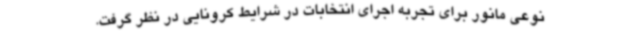
نوعی مانور برای تجربه اجرای انتخابات در شرایط کرونایی در نظر گرفت.